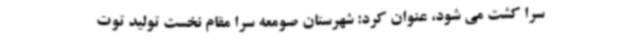
سرا کشت می شود، عنوان کرد: شهرستان صومعه سرا مقام نخست تولید توت